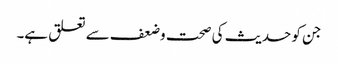
جن کو حدیث کی صحت وضعف سے تعلق ہے۔